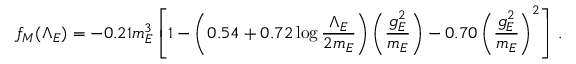
f _ { M } ( \Lambda _ { E } ) = - 0 . 2 1 m _ { E } ^ { 3 } \left[ 1 - \left( 0 . 5 4 + 0 . 7 2 \log { \frac { \Lambda _ { E } } { 2 m _ { E } } } \right) \left( { \frac { g _ { E } ^ { 2 } } { m _ { E } } } \right) - 0 . 7 0 \left( { \frac { g _ { E } ^ { 2 } } { m _ { E } } } \right) ^ { 2 } \right] \, .